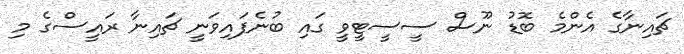
ޗައިނާގެ އެންމެ ބޮޑު ނޫސް ސީސީޓީވީ ގައި ބުނެފައިވަނީ ޗައިނާ ރައީސްގެ މި